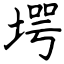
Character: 堮